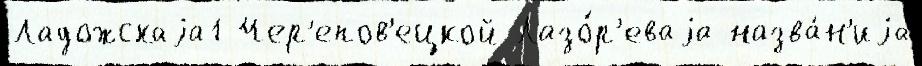
Ладожскаjа1 Чер'епов'ецкой Лазо́р'еваjа назва́н'иjа